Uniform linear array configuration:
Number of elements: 48
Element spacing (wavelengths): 0.25
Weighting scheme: cosine
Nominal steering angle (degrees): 0
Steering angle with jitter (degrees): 1.639
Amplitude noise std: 0.05
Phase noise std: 0.05

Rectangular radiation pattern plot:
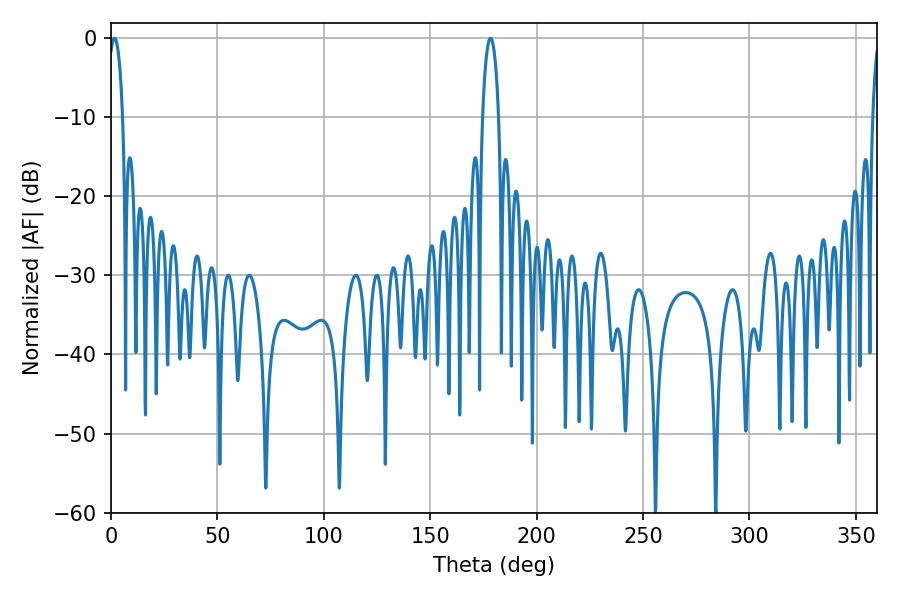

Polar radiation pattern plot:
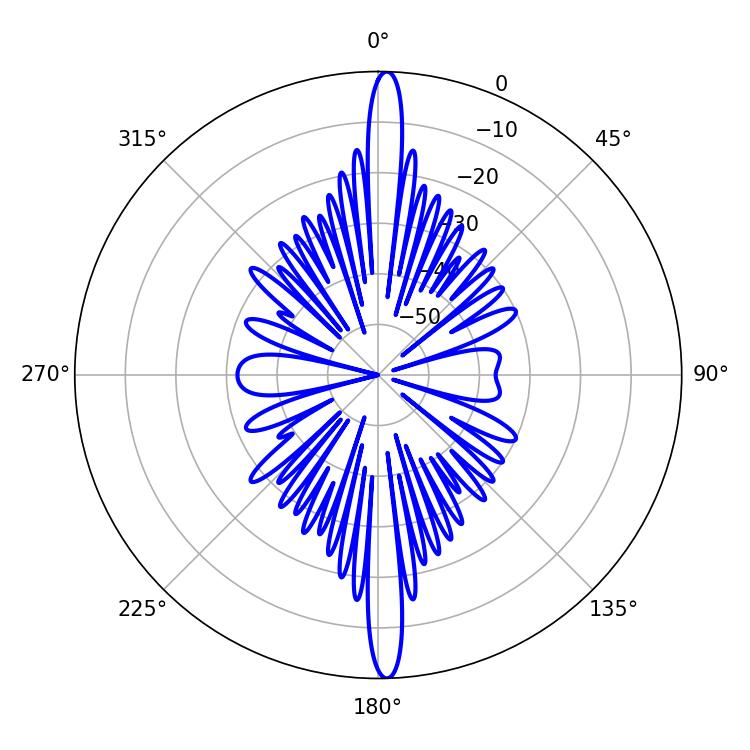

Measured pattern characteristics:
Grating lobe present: FALSE
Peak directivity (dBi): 26.241
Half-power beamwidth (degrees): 3.78
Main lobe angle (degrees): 1.62